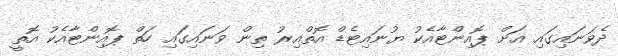
ދެވަނައިގައި އަށް ޕޮއިންޓާއެކު ޔުނައިޓެޑް އޮތްއިރު ތިން ވަނައިގައި ހަތް ޕޮއިންޓާއެކު އޮތީ